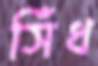
সিঁধ